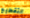
التقطيع